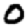
Digit: 0